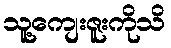
သူ့ကျေးဇူးကိုသိ